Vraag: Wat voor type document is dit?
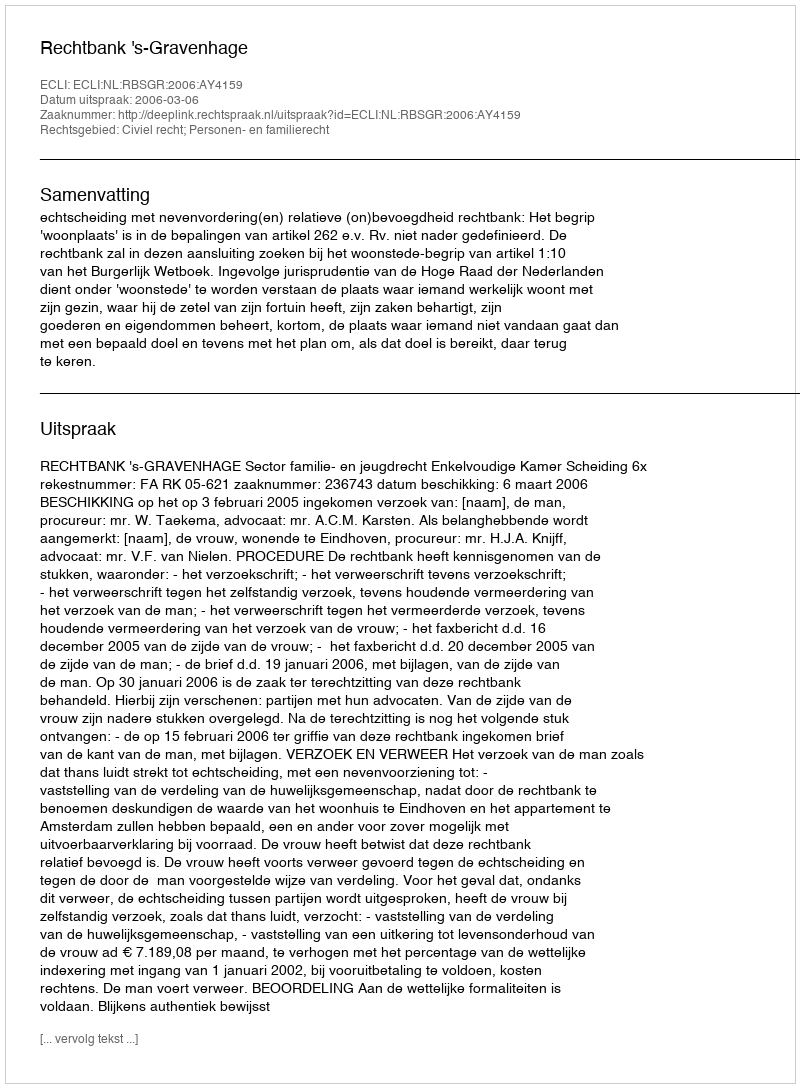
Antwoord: Uitspraak